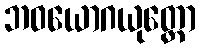
ဘဝယောဂယုတ္တော